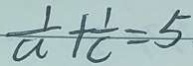
\frac { 1 } { a } + \frac { 1 } { c } = 5